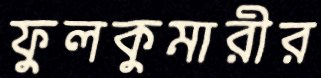
ফুলকুমারীর